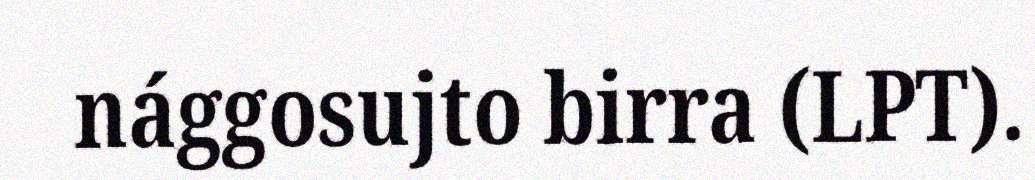
nággosujto birra (LPT).